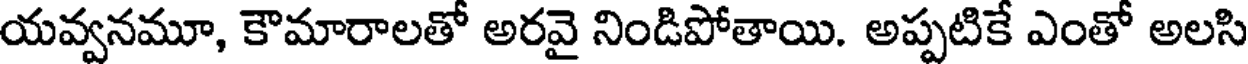
యవ్వనమూ, కౌమారాలతో అరవై నిండిపోతాయి. అప్పటికే ఎంతో అలసి